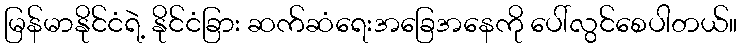
မြန်မာနိုင်ငံရဲ့ နိုင်ငံခြား ဆက်ဆံရေးအခြေအနေကို ပေါ်လွင်စေပါတယ်။